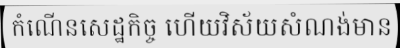
កំណើនសេដ្ឋកិច្ច ហើយវិស័យសំណង់មាន